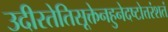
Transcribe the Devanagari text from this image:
उदीरतेतिसूक्तेनहुनेदष्टोत्तरंशतं